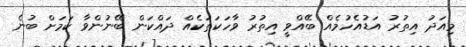
މިއަދު އިތުރު އަޑުއެހުމެއް ބޭއްވީ އިތުރު ވާހަކަތަކެއް ދައްކަން ބޭނުންވާ ކަމަށް ބުނެ